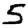
Digit: 5